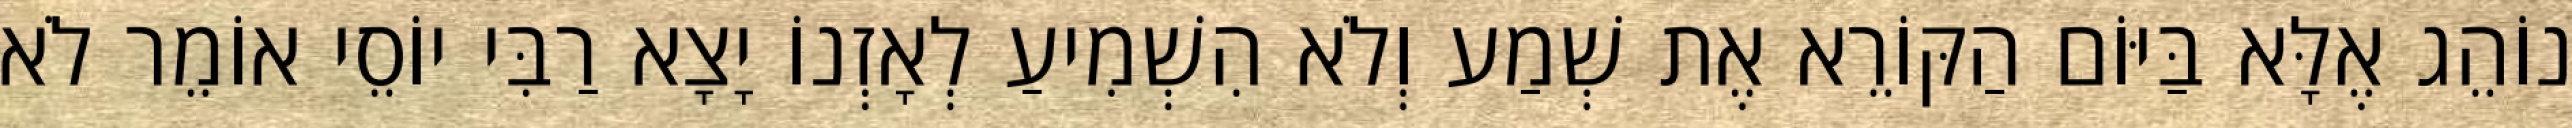
נוֹהֵג אֶלָּא בַּיּוֹם הַקּוֹרֵא אֶת שְׁמַע וְלֹא הִשְׁמִיעַ לְאָזְנוֹ יָצָא רַבִּי יוֹסֵי אוֹמֵר לֹא